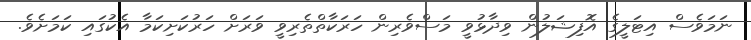
ނަމަވެސް އިޓަލީގެ އޮފިޝަލުން ވިދާޅުވީ މަސްވެރިން ހަރަކާތްތެރިވީ ވަރަށް ހަރުކަށިކަމާ އެކުގައި ކަމަށެވެ.